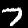
Digit: 7